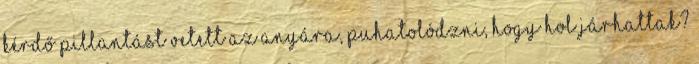
kérdő pillantást vetett az anyára, puhatolódzni, hogy hol járhattak?